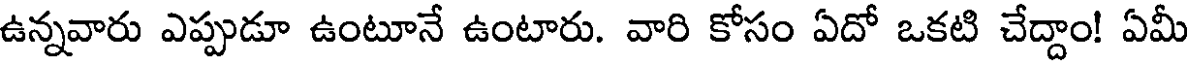
ఉన్నవారు ఎప్పుడూ ఉంటూనే ఉంటారు. వారి కోసం ఏదో ఒకటి చేద్దాం! ఏమీ